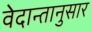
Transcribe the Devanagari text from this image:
वेदान्तानुसार